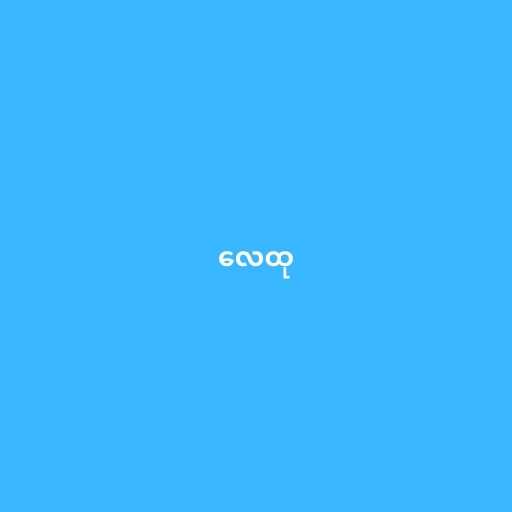
လေထု